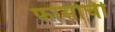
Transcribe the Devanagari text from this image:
फासोची